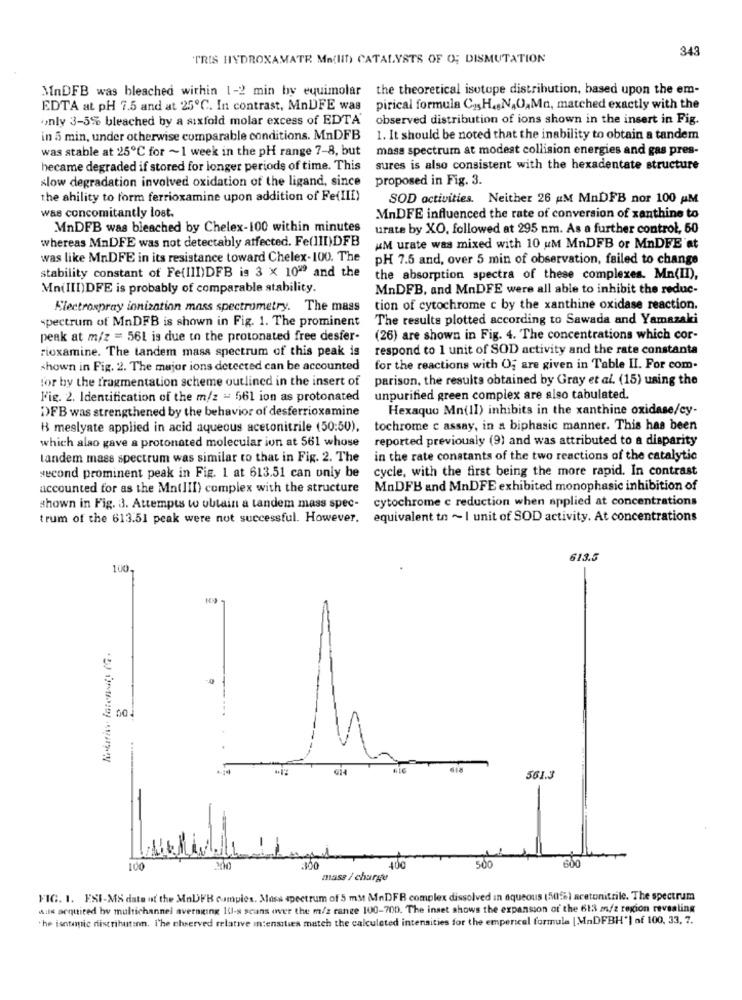
343
"TRIS HYDROXAMATE Ma(lit) CATALYSTS OF O; DISMUTATION
MnDFB was bleached within 1-2 min by equimolar
the theoretical isotope distribution, based upon the em-
EDTA at pH 7.5 and at 25℃. In contrast, MnDFE was
pirical formula Cz.H.NAO,Ma, matched exactly with the
only 3-5% bleached by a sixfold molar excess of EDTA'
observed distribution of ions shown in the insert in Fig.
in 5 min, under otherwise comparable conditions. MnDFB
1. It should be noted that the inability to obtain a tandem
was stable at 25℃ for ~ 1 week in the pH range 7-8, but
mass spectrum at modest collision energies and gas pres-
hecame degraded if stored for longer periods of time. This
sures is also consistent with the hexadentate structure
slow degradation involved oxidation of the ligand, since
proposed in Fig. 3.
the ability to form ferrioxamine upon addition of Fe(III)
SOD activities. Neither 26 AM MnDFB nor 100 AM
was concomitantly lost.
MnDFE influenced the rate of conversion of xanthine to
MnDFB was bleached by Chelex-100 within minutes
urate by XO, followed at 295 nm. As a further control, 50
whereas MnDFE was not detectably affected. Fe(III)DFB
AM urate was mixed with 10 uM MnDFB or MnDFE at
was like MnDFE in its resistance toward Chelex-100. The
PH 7.5 and, over 5 min of observation, failed to change
stability constant of Fe(III)DFB is 3 x 10"9 and the
the absorption spectra of these complexes. Mn(II),
Mn(III)DFE is probably of comparable stability.
MnDFB, and MnDFE were all able to inhibit the reduc-
Electrospray innization mass spectrometry. The mass
tion of cytochrome c by the xanthine oxidase reaction.
spectrum of MnDFB is shown in Fig. 1. The prominent
The results plotted according to Sawada and Yamazaki
peak at m/z = 561 is due to the protonated free desfer-
(26) are shown in Fig. 4. The concentrations which cor-
rioxamine. The tandem mass spectrum of this peak is
respond to 1 unit of SOD activity and the rate constanta
shown in Fig. 2. The major ions detected can be accounted
for the reactions with Og are given in Table II. For com.
for by the fragmentation scheme outlined in the insert of
parison, the results obtained by Gray et al. (15) using the
J'ig. 2. Identification of the m/z = 561 ion as protonated
unpurified green complex are also tabulated.
DFB was strengthened by the behavior of desferrioxamine
Hexaquo Mn(II) inhibits in the xanthine oxidase/cy-
H meslyate applied in acid aqueous acetonitrile (50:50),
tochrome c assay, in a biphasic manner. This has been
which also gave a protonated molecular ion at 561 whose
reported previously (9) and was attributed to a disparity
tandem mass spectrum was similar to that in Fig. 2. The
in the rate constants of the two reactions of the catalytic
cycle, with the first being the more rapid. In contrast
second prominent peak in Fig. 1 at 613.51 can only be
accounted for as the Mn(III) complex with the structure
MnDFB and MnDFE exhibited monophasic inhibition of
cytochrome c reduction when applied at concentrations
shown in Fig. 3. Attempts to obtain a tandem mass spec-
trum of the 613.51 peak were not successful. However, equivalent to ~I unit of SOD activity. At concentrations
613.5
100-
561.3
600
100
500
mass / charge
FIG. 1. ESI-MS date ut the MaDFB cumples. Moss spectrum of 5 mM MnDFB complex dissolved in aqueous (50%) acetonitrile. The spectrum
wils acquired by multichannel averaging 10-s scans over the m/s range 100-700. The inset shows the expansion of the 613 m/2 region revealing
the isotopic distribution. I'he ehserved relative intensities match the calculated intensities for the emperical formula [MnDFBH"] of 100, 33, 7.